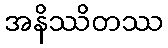
အနိဿိတဿ